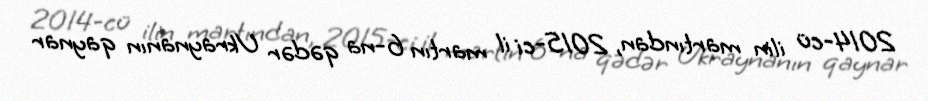
2014-cü ilin martından, 2015-ci il martın 6-na qədər Ukraynanın qaynar